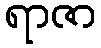
ရာဇာ